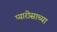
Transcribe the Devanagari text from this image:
प्यारीसाच्या